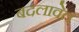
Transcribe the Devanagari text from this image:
बदलावेत